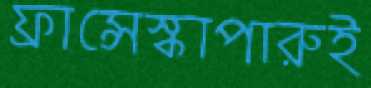
ফ্রান্সেস্কাপারুই